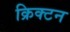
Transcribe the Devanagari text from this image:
क्रिक्टन